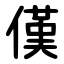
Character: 傼